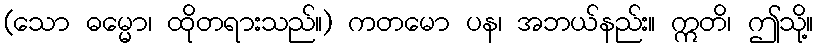
(သော ဓမ္မော၊ ထိုတရားသည်။) ကတမော ပန၊ အဘယ်နည်း။ ဣတိ၊ ဤသို့။